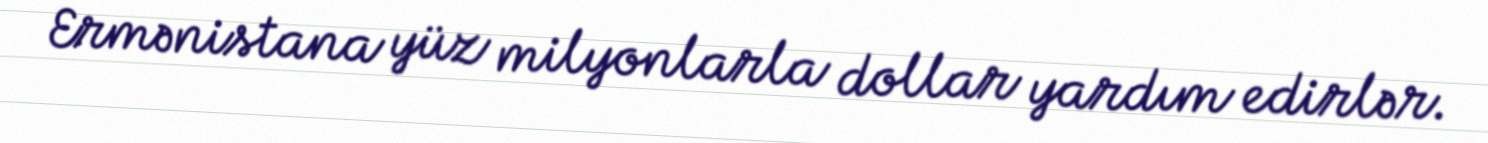
Ermənistana yüz milyonlarla dollar yardım edirlər.